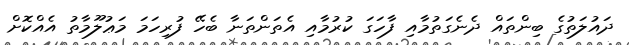
ދައުލަތުގެ ބިންތައް ދެނެގަތުމާއި ފާހަގަ ކުރުމާއި އެތަންތަނާ ބެހޭ ފުރިހަމަ މަޢުލޫމާތު އެއްކޮށް